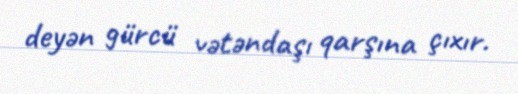
deyən gürcü vətəndaşı qarşına çıxır.